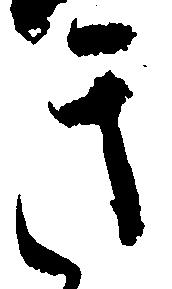
き